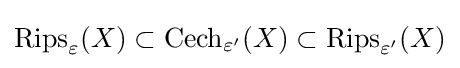
\operatorname {Rips} _{\varepsilon }(X)\subset \operatorname {Cech} _{\varepsilon ^{\prime }}(X)\subset \operatorname {Rips} _{\varepsilon ^{\prime }}(X)